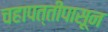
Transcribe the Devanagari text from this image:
चहापत्तीपासून